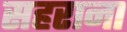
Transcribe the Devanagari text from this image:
सहराना